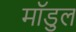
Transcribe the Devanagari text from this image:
मॉडुल